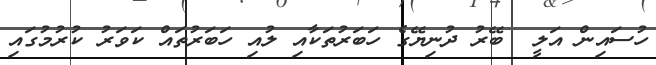
ހުސައިން އަލީ  ބޭރު ދުނިޔޭގެ ހަބަރުތަކާއި ލުއި ހަބަރުތަައް ކަވަރު ކުރުމުގައި